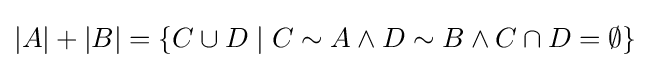
|A|+|B|=\{C\cup D\mid C\sim A\wedge D\sim B\wedge C\cap D=\emptyset \}